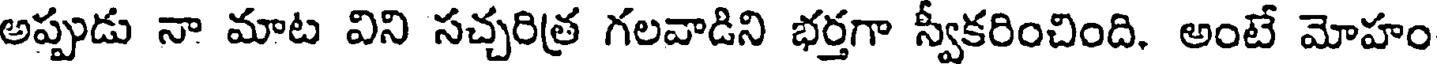
అప్పుడు నా మాట విని సచ్చరిత్ర గలవాడిని భర్తగా స్వీకరించింది. అంటే మోహం